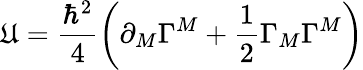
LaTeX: \mathfrak{U}=\frac{{\hbar^{2}}}{{4}}\left(\partial_{M}\Gamma^{M}+\frac{{1}}{{2}}\Gamma_{M}\Gamma^{M}\right)